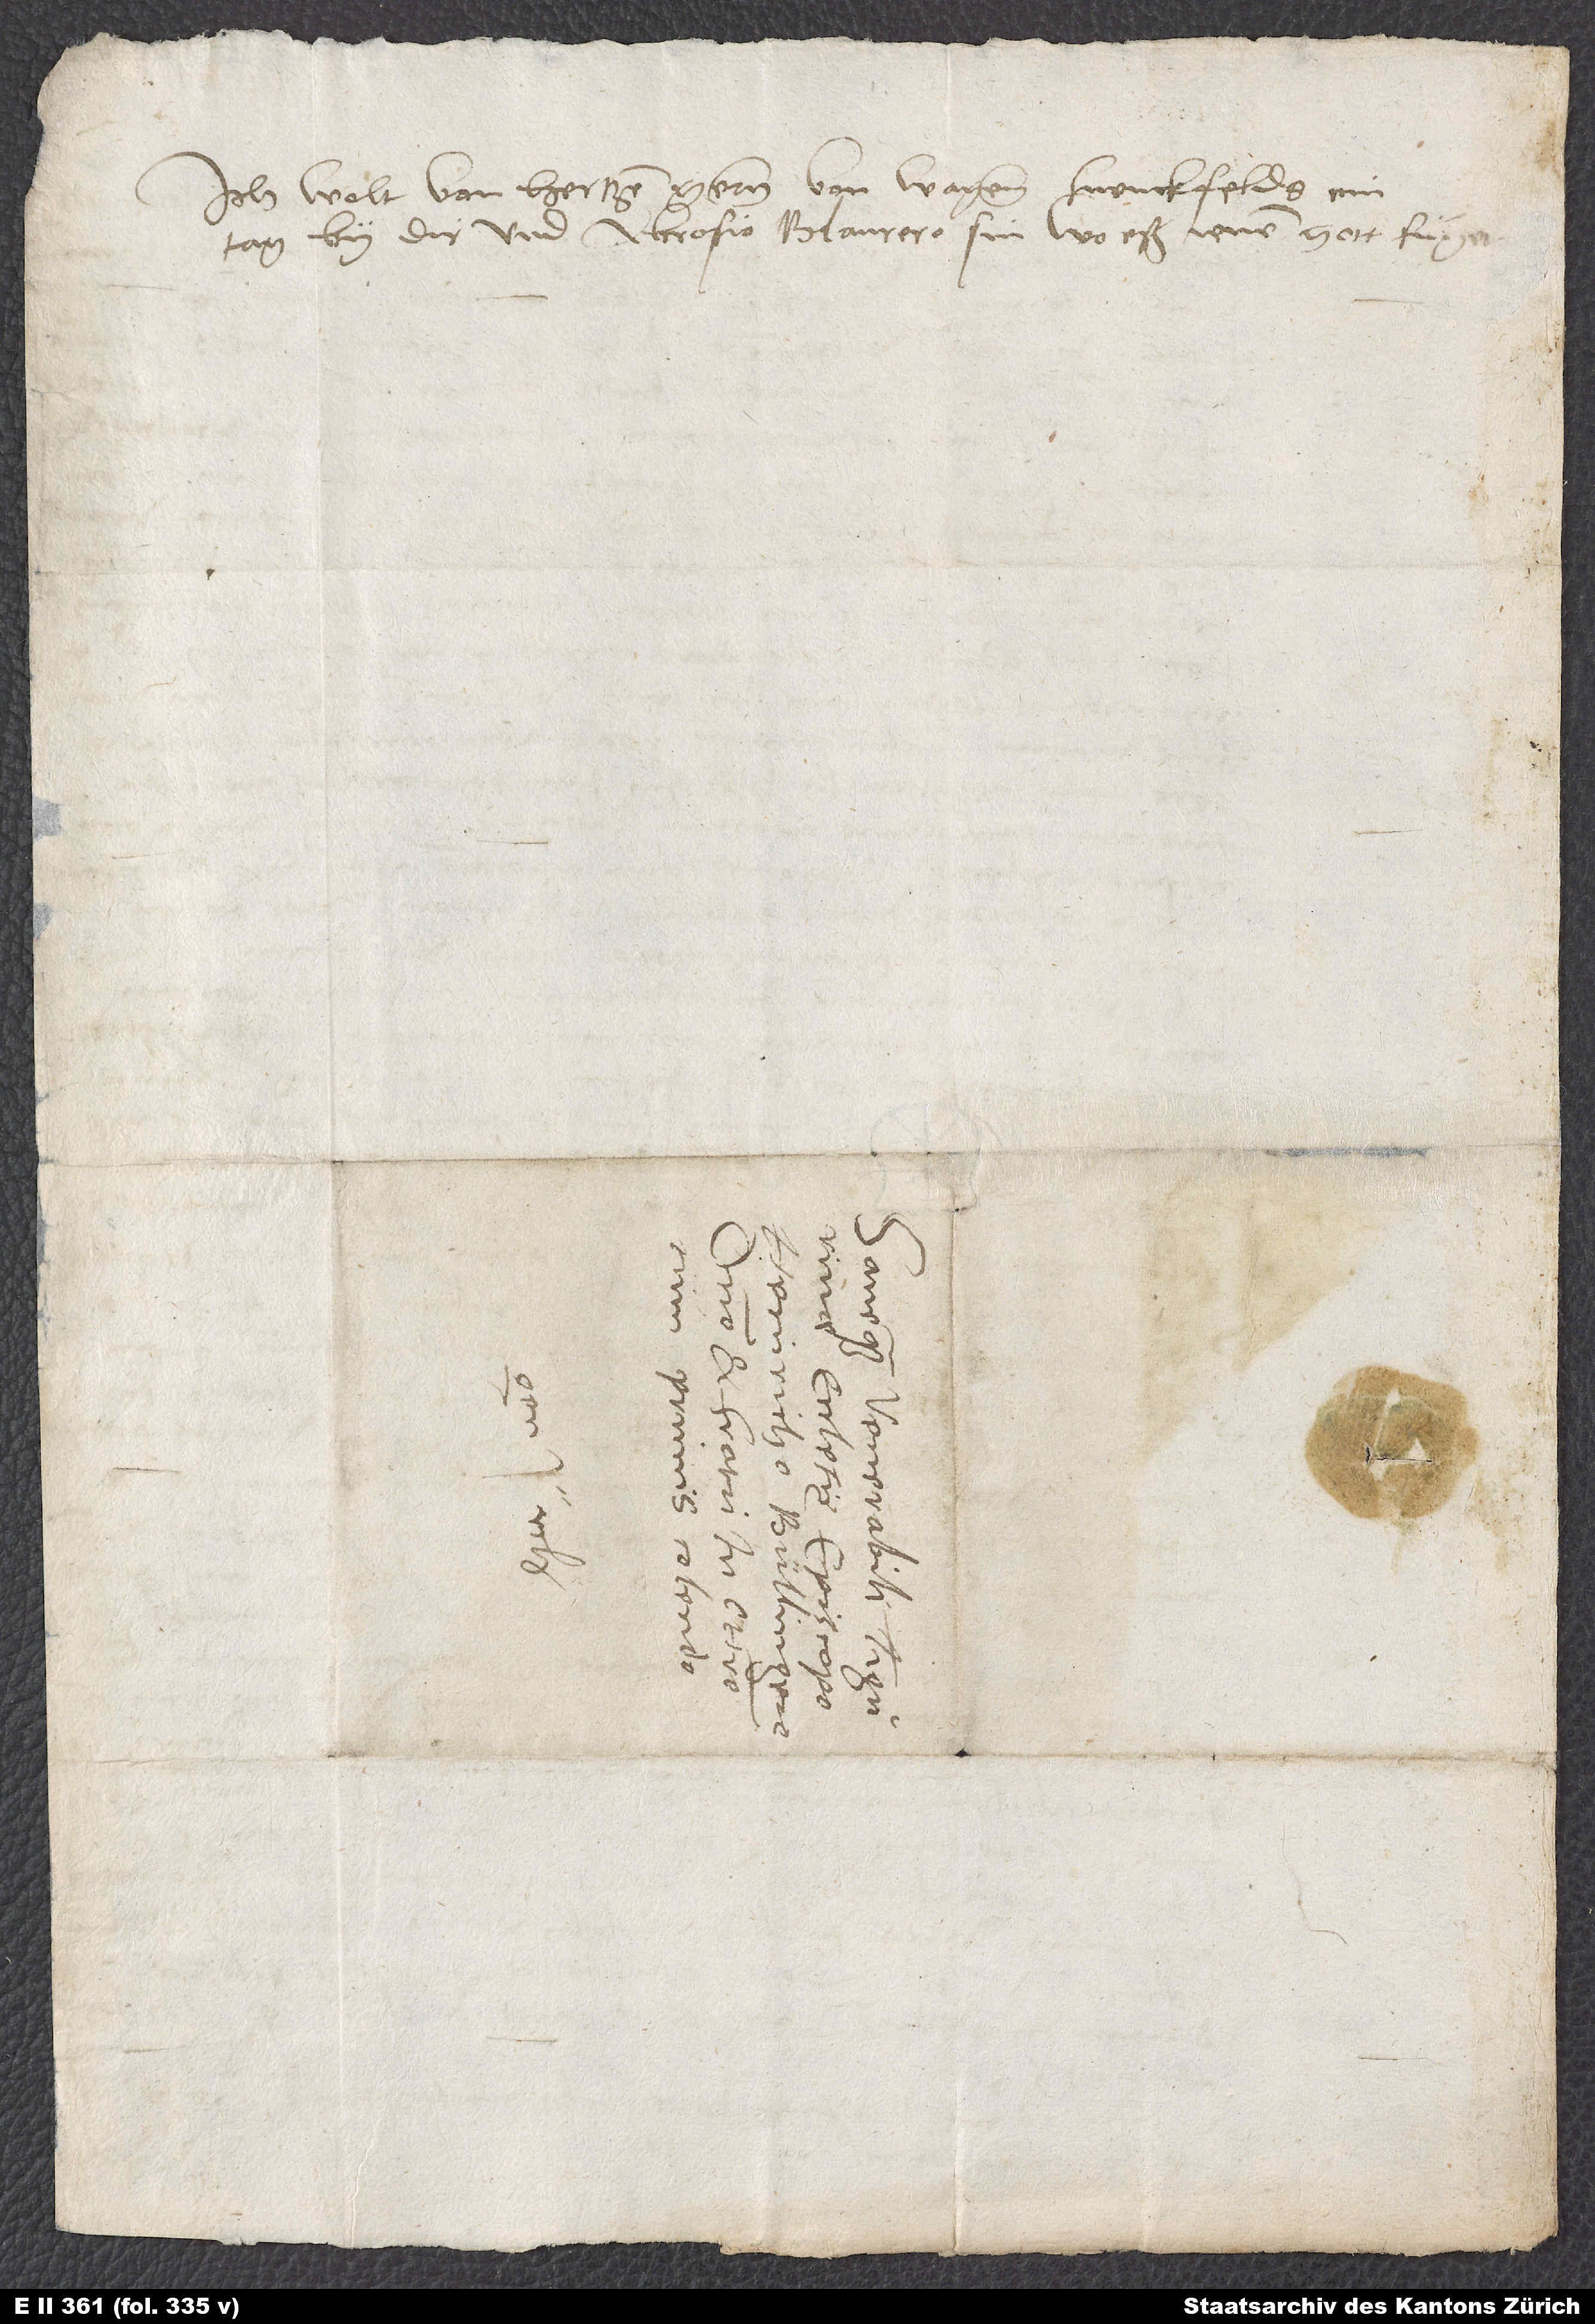
Ich wolt von hertzen gern von wegen Svenckfelds ein
tag by dir und Ambrosio Blaurero sin, wo eß ienen gott fuͤgen.